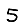
Digit: 5